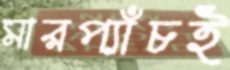
মারপ্যাঁচই